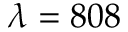
\lambda = 8 0 8